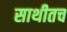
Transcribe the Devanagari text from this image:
साथीतच